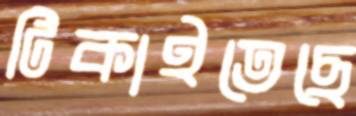
টিকাইতেছে